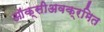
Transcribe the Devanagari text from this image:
ऑक्सीअवक्रमित